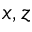
x , z